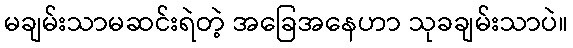
မချမ်းသာမဆင်းရဲတဲ့ အခြေအနေဟာ သုခချမ်းသာပဲ။